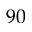
9 0